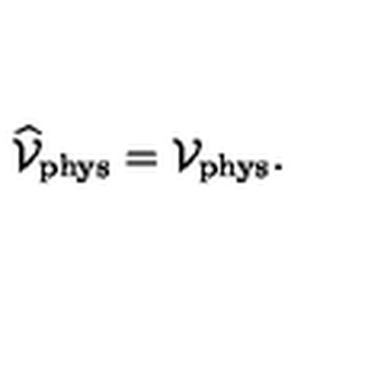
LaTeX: \widehat { \cal V } _ { \mathrm { \scriptsize p h y s } } = { \cal V } _ { \mathrm { \scriptsize p h y s } } .